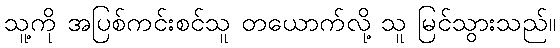
သူ့ကို အပြစ်ကင်းစင်သူ တယောက်လို့ သူ မြင်သွားသည်။